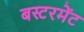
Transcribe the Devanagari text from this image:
बस्टरमेंट